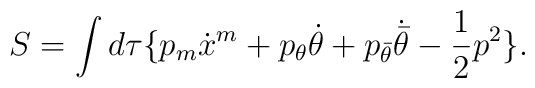
S=\int d\tau \{ p_m\dot x^m+p_\theta \dot\theta+p_{\bar\theta}\dot{\bar\theta}-\frac 12 p^2 \}.